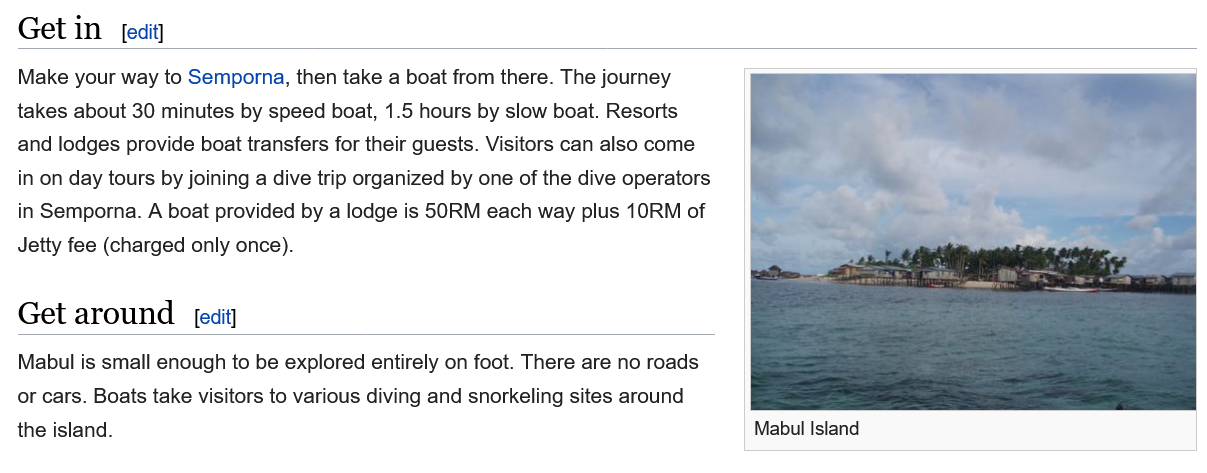
Get   in
  Make your way to Semporna, then take a boat from there. The journey
  takes about 30 minutes by speed boat, 1.5 hours by slow boat. Resorts
  and lodges provide boat transfers for their guests. Visitors can also come
  in on day tours by joining a dive trip organized by one of the dive operators
  in Semporna. A boat provided by a lodge is 50RM each way plus 10RM of
  Jetty fee (charged only once).
  Get   around    [edit]
  Mabul is small enough to be explored entirely on foot. There are no roads
  or cars. Boats take visitors to various diving and snorkeling sites around
  the island.    Mabul Island